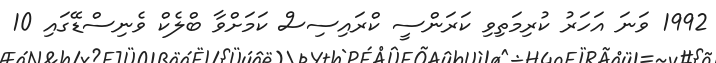
1992 ވަނަ އަހަރު ކުރިމަތިވި ކަރަންސީ ކްރައިސިސް ކަމަށްވާ ބްލެކް ވެނިސްޑޭގައި 10